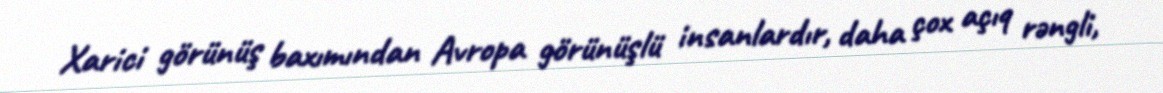
Xarici görünüş baxımından Avropa görünüşlü insanlardır, daha çox açıq rəngli,